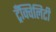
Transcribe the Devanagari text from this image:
ट्रँक्विलिटी